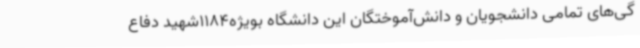
گی‌های تمامی دانشجویان و دانش‌آموختگان این دانشگاه بویژه1184شهید دفاع